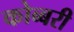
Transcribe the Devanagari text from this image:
कोब्बरी